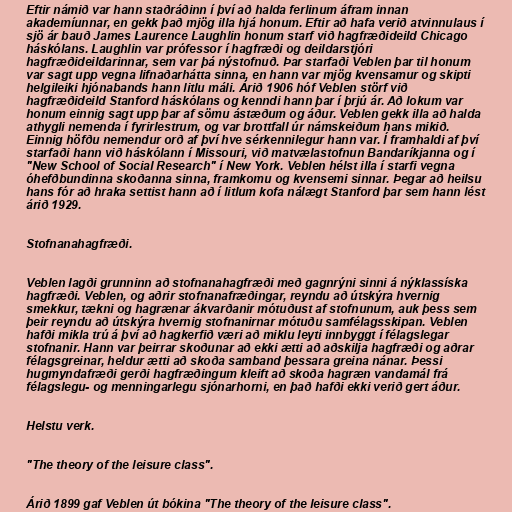
Eftir námið var hann staðráðinn í því að halda ferlinum áfram innan
akademíunnar, en gekk það mjög illa hjá honum. Eftir að hafa verið atvinnulaus í
sjö ár bauð James Laurence Laughlin honum starf við hagfræðideild Chicago
háskólans. Laughlin var prófessor í hagfræði og deildarstjóri
hagfræðideildarinnar, sem var þá nýstofnuð. Þar starfaði Veblen þar til honum
var sagt upp vegna lifnaðarhátta sinna, en hann var mjög kvensamur og skipti
helgileiki hjónabands hann litlu máli. Árið 1906 hóf Veblen störf við
hagfræðideild Stanford háskólans og kenndi hann þar í þrjú ár. Að lokum var
honum einnig sagt upp þar af sömu ástæðum og áður. Veblen gekk illa að halda
athygli nemenda í fyrirlestrum, og var brottfall úr námskeiðum hans mikið.
Einnig höfðu nemendur orð af því hve sérkennilegur hann var. Í framhaldi af því
starfaði hann við háskólann í Missouri, við matvælastofnun Bandaríkjanna og í
"New School of Social Research" í New York. Veblen hélst illa í starfi vegna
óhefðbundinna skoðanna sinna, framkomu og kvensemi sinnar. Þegar að heilsu
hans fór að hraka settist hann að í litlum kofa nálægt Stanford þar sem hann lést
árið 1929.

Stofnanahagfræði.

Veblen lagði grunninn að stofnanahagfræði með gagnrýni sinni á nýklassíska
hagfræði. Veblen, og aðrir stofnanafræðingar, reyndu að útskýra hvernig
smekkur, tækni og hagrænar ákvarðanir mótuðust af stofnunum, auk þess sem
þeir reyndu að útskýra hvernig stofnanirnar mótuðu samfélagsskipan. Veblen
hafði mikla trú á því að hagkerfið væri að miklu leyti innbyggt í félagslegar
stofnanir. Hann var þeirrar skoðunar að ekki ætti að aðskilja hagfræði og aðrar
félagsgreinar, heldur ætti að skoða samband þessara greina nánar. Þessi
hugmyndafræði gerði hagfræðingum kleift að skoða hagræn vandamál frá
félagslegu- og menningarlegu sjónarhorni, en það hafði ekki verið gert áður.

Helstu verk.

"The theory of the leisure class".

Árið 1899 gaf Veblen út bókina "The theory of the leisure class".